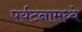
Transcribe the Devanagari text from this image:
पर्यटनामध्ये